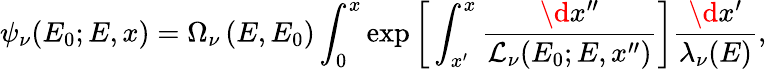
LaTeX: \psi_{\nu}(E_{0};E,x)=\Omega_{\nu}\left(E,E_{0}\right)\int_{0}^{x}\exp\left[\, \int_{x^{\prime}}^{x}\frac{\d x^{\prime\prime}}{\mathcal{L}_{\nu}(E_{0};E,x^{\prime\prime})}\right]\frac{\d x^{\prime}}{\lambda_{\nu}(E)},